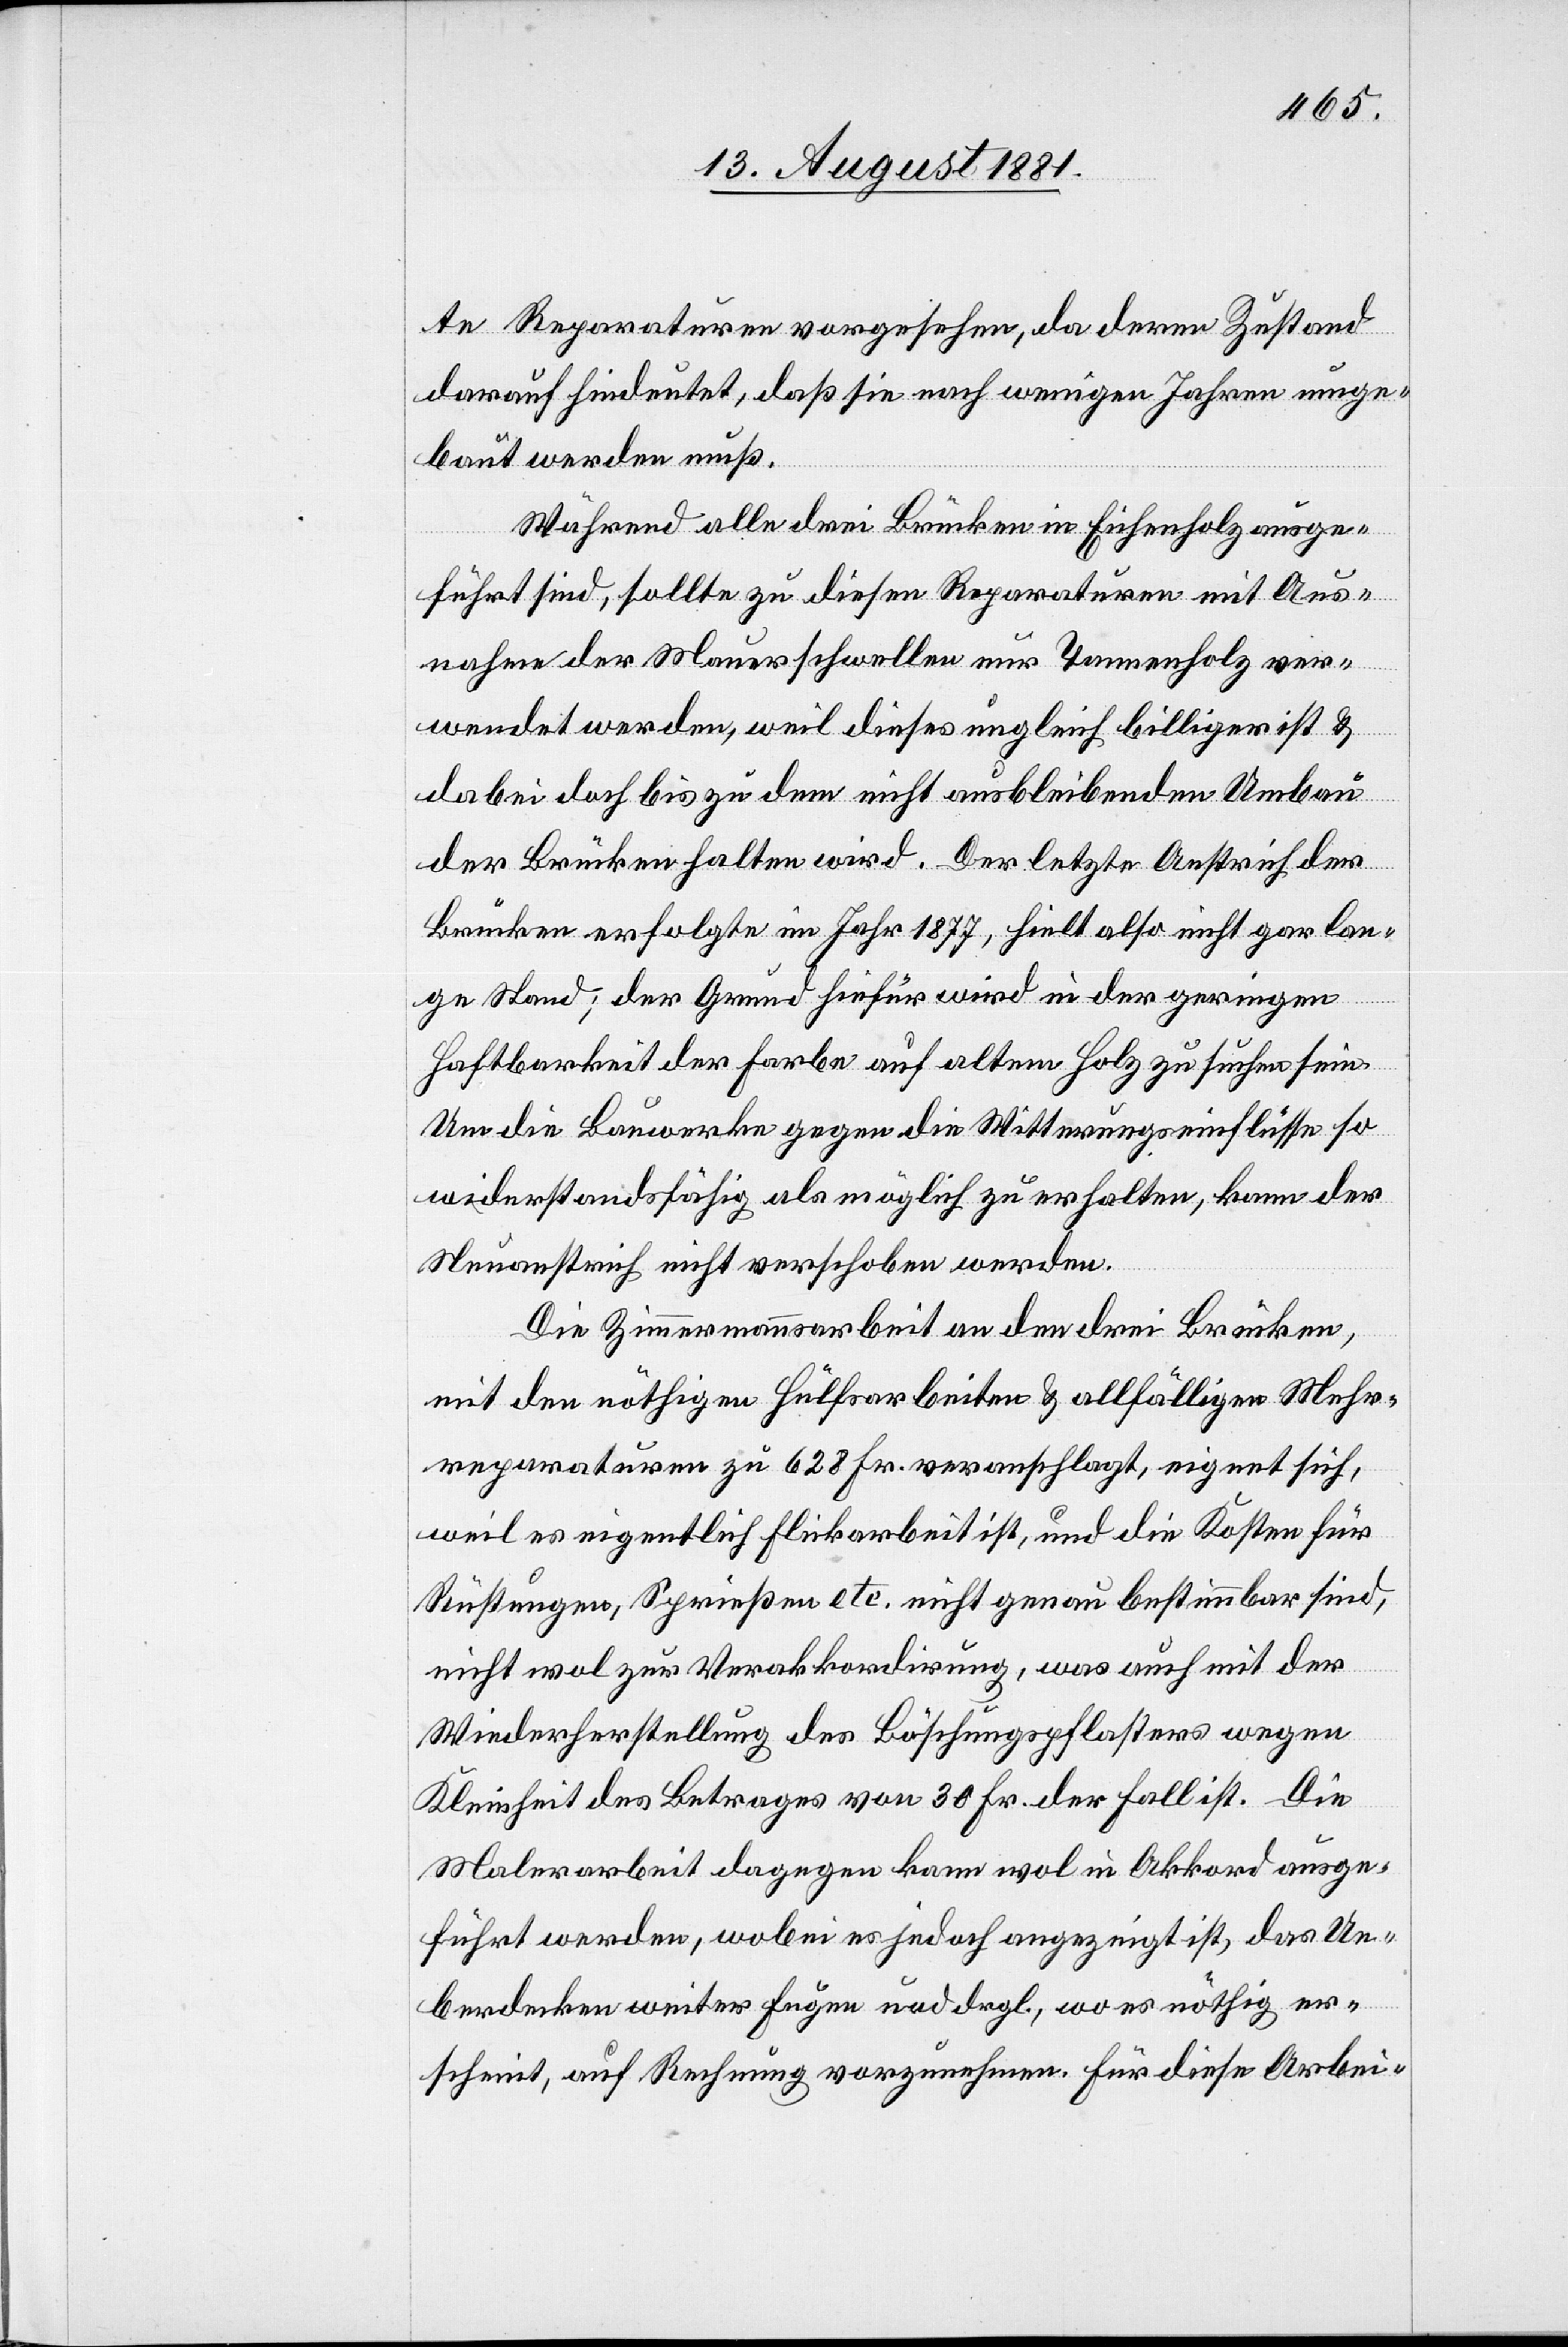
te Reparaturen vorgesehen, da deren Zustand
darauf hindeutet, daß sie nach wenigen Jahren umge¬
baut werden muß.
Während alle drei Brücken in Eichenholz ausge¬
führt sind, sollte zu diesen Reparaturen mit Aus¬
nahme der Mauerschwelle nur Tannenholz ver¬
wendet werden, weil dieses ungleich billiger ist &
dabei doch bis zu dem nicht ausbleibenden Umbau
der Brücken halten wird. Der letzte Anstrich der
Brücken erfolgte im Jahr 1877, hielt also nicht gar lan¬
ge Stand; der Grund hiefür wird in der geringen
Haftbarkeit der Farbe auf altem Holz zu suchen sein.
Um die Bauwerke gegen die Witterungseinflüsse so
widerstandsfähig als möglich zu erhalten, kann der
Neuanstrich nicht verschoben werden.
Die Zimmermannsarbeit an den drei Brücken,
mit den nöthigen Hülfsarbeiten & allfälligen Mehr¬
reparaturen zu 628 Fr. veranschlagt, eigentlich,
weil es eigentlich Flickarbeit ist, und die Kosten für
Rüstungen, Schweißen etc. nicht genau bestimmbar sind,
nicht wol zur Verakkordirung, was auch mit der
Wiederherstellung des Böschungspflasters wegen
Kleinheit des Betrages von 30 Fr. der Fall ist. Die
Malerarbeit dagegen kann wol in Akkord ausge¬
führt werden, wobei es jedoch angezeigt ist, das Ue¬
berdecken weiter Fugen und drgl., wo es nöthig er¬
scheint, auf Rechnung vorzunehmen. Für diese Arbei-